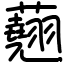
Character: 𧄍